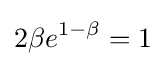
\displaystyle 2\beta e^{1-\beta }=1